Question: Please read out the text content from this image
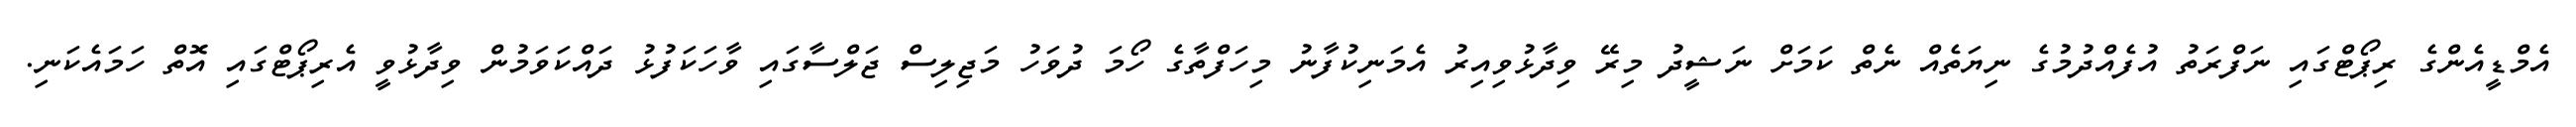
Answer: އެމްޑީއެންގެ ރިޕޯޓްގައި ނަފްރަތު އުފެއްދުމުގެ ނިޔަތެއް ނެތް ކަމަށް ނަޝީދު މިރޭ ވިދާޅުވިއިރު އެމަނިކުފާނު މިހަފްތާގެ ހޯމަ ދުވަހު މަޖިލިސް ޖަލްސާގައި ވާހަކަފުޅު ދައްކަވަމުން ވިދާޅުވީ އެރިޕޯޓްގައި އޮތް ހަމައެކަނި.